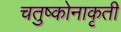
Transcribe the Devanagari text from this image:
चतुष्कोनाकृती